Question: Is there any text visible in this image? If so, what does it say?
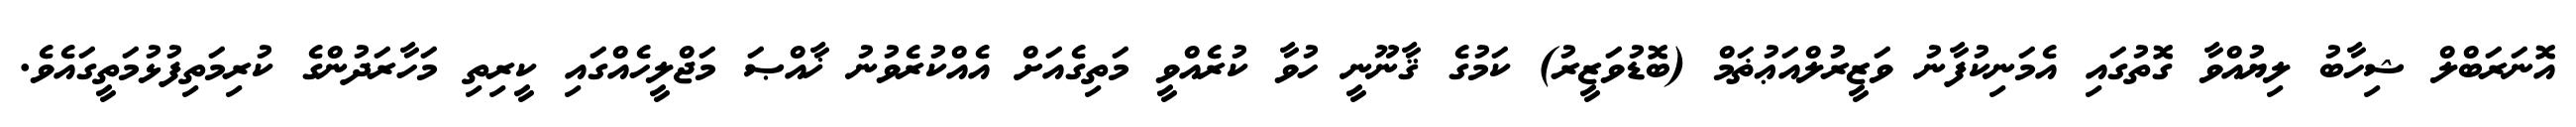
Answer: އޮނަރަބްލް ޝިހާބު ލިޔުއްވާ ގޮތުގައި އެމަނިކުފާނު ވަޒީރުލްއަޢުޡަމް (ބޮޑުވަޒީރު) ކަމުގެ ޤާނޫނީ ހުވާ ކުރެއްވީ މަތިގެއަށް އެއްކުރެވުނު ޚާއްޞަ މަޖްލީހެއްގައި ކީރިތި މަހާރަދުންގެ ކުރިމަތިފުޅުމަތީގައެވެ.